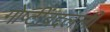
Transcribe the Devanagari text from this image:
गोष्टींबद्दलली